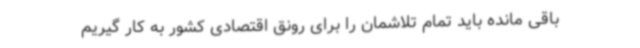
باقی مانده باید تمام تلاشمان را برای رونق اقتصادی کشور به کار گیریم